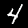
Label: 4